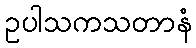
ဥပါသကသတာနံ